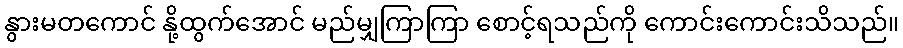
နွားမတကောင် နို့ထွက်အောင် မည်မျှကြာကြာ စောင့်ရသည်ကို ကောင်းကောင်းသိသည်။